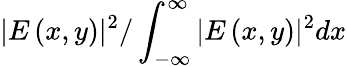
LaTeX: \vert E\left(x,y\right)\vert^{2}/\int_{-\infty}^{\infty}\vert E\left(x,y\right)\vert^{2}dx